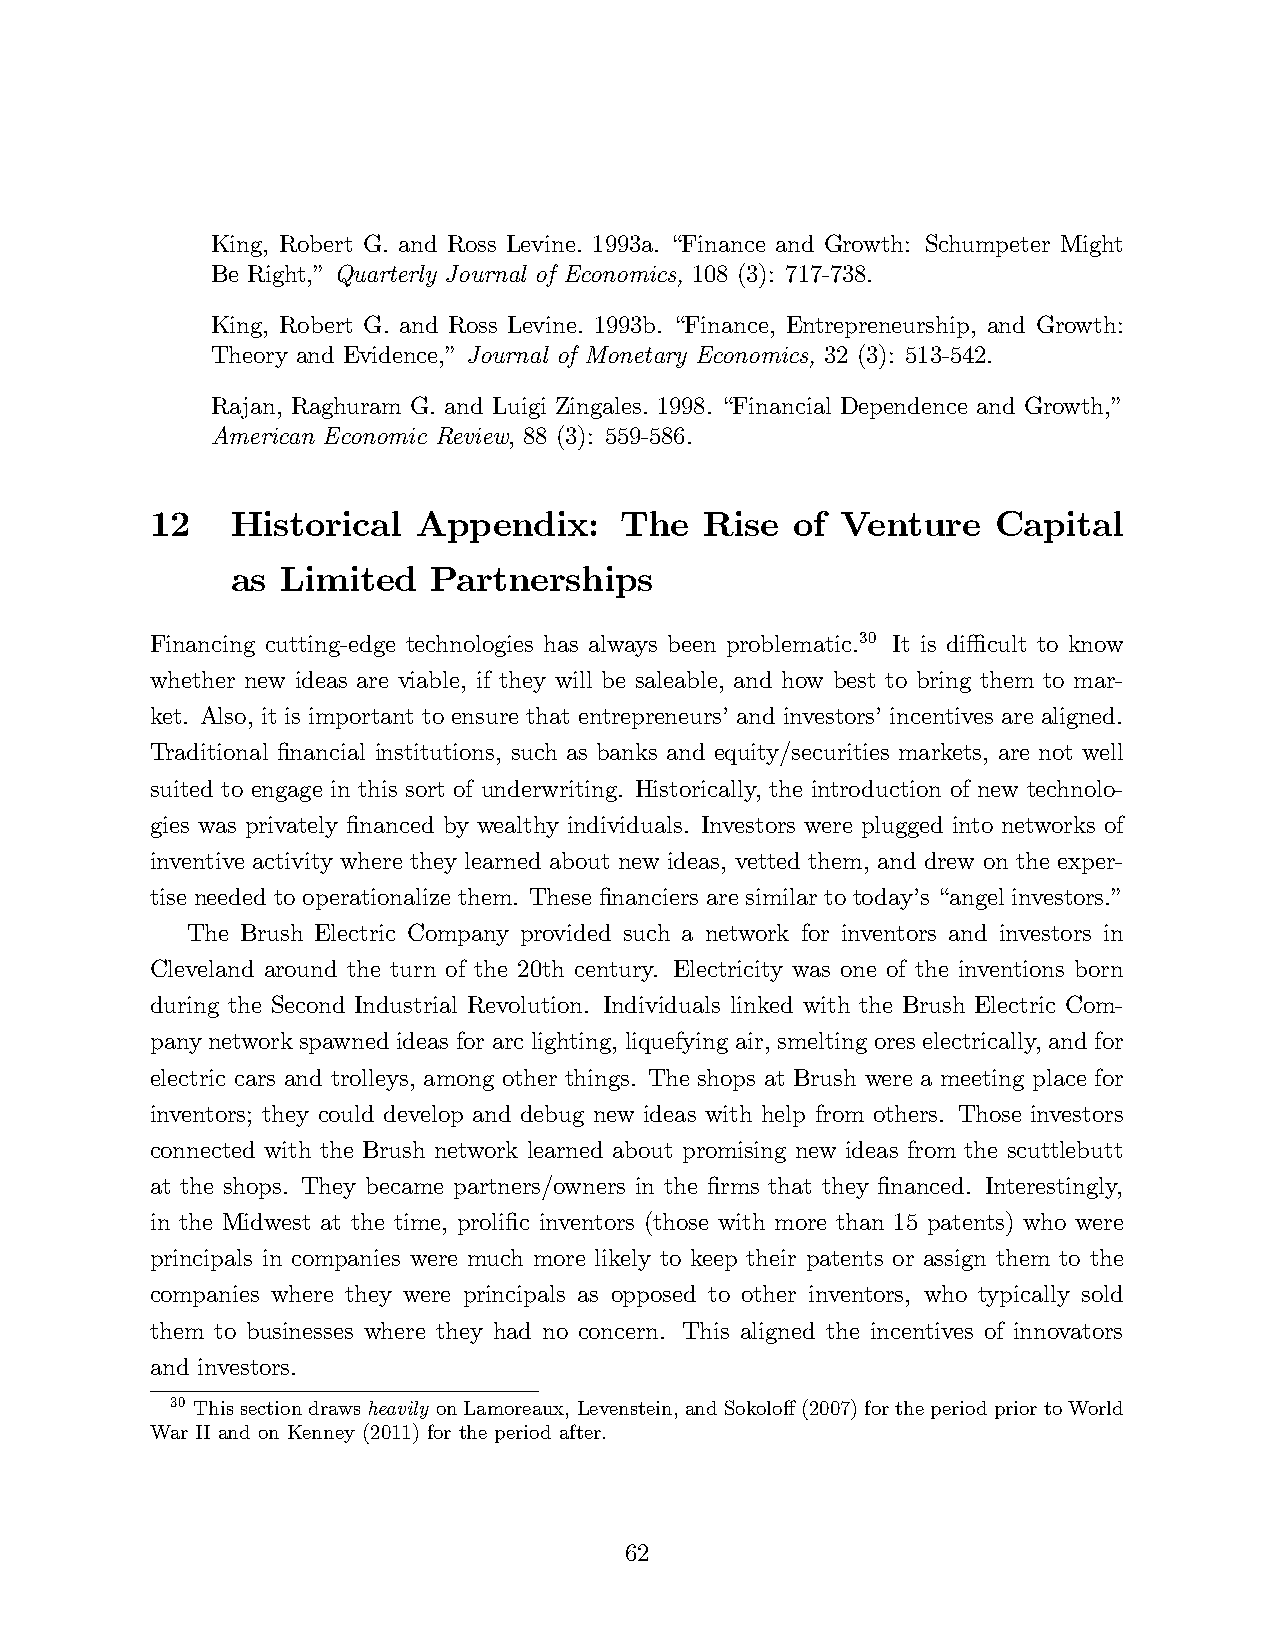
King, Robert G. and Ross Levine. 1993a. “Finance and Growth: Schumpeter Might
 Be Right,”Quarterly Journal of Economics, 108 (3): 717-738.
 King, Robert G. and Ross Levine. 1993b. “Finance, Entrepreneurship, and Growth:
 Theory and Evidence,”Journal of Monetary Economics, 32 (3): 513-542.
 Rajan, Raghuram G. and Luigi Zingales. 1998. “Financial Dependence and Growth,”
 American Economic Review, 88 (3): 559-586.
 12   Historical   Appendix:    The   Rise  of Venture   Capital
 as  Limited  Partnerships
 Financing cutting-edge technologies has always been problematic.30 It is diffi cult to know
 whether new ideas are viable, if they will be saleable, and how best to bring them to mar-
 ket. Also, it is important to ensure that entrepreneurs’and investors’incentives are aligned.
 Traditional financial institutions, such as banks and equity/securities markets, are not well
 suited to engage in this sort of underwriting. Historically, the introduction of new technolo-
 gies was privately financed by wealthy individuals. Investors were plugged into networks of
 inventive activity where they learned about new ideas, vetted them, and drew on the exper-
 tise needed to operationalize them. These financiers are similar to today’s “angel investors.”
 The Brush Electric Company provided such a network for inventors and investors in
 Cleveland around the turn of the 20th century. Electricity was one of the inventions born
 during the Second Industrial Revolution. Individuals linked with the Brush Electric Com-
 pany network spawned ideas for arc lighting, liquefying air, smelting ores electrically, and for
 electric cars and trolleys, among other things. The shops at Brush were a meeting place for
 inventors; they could develop and debug new ideas with help from others. Those investors
 connected with the Brush network learned about promising new ideas from the scuttlebutt
 at the shops. They became partners/owners in the firms that they financed. Interestingly,
 in the Midwest at the time, prolific inventors (those with more than 15 patents) who were
 principals in companies were much more likely to keep their patents or assign them to the
 companies where they were principals as opposed to other inventors, who typically sold
 them to businesses where they had no concern. This aligned the incentives of innovators
 and investors.
 30 This section draws heavily on Lamoreaux, Levenstein, and Sokoloff (2007) for the period prior to World
 War II and on Kenney (2011) for the period after.
 62